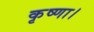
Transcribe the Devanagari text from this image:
कृष्णा।